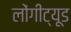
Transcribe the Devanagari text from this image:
लोंगीट्यूड